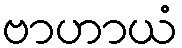
ဗာဟာယံ